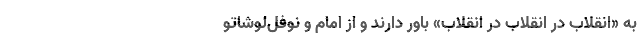
به «انقلاب در انقلاب در انقلاب» باور دارند و از امام و نوفل‌لوشاتو